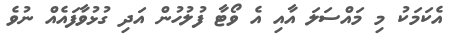
އެކަމަކު މި މައްސަލަ އާއި އެ ވޯޓާ ފުލުހުން އަދި ގުޅުވާފައެއް ނުވެ